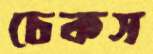
চেকস